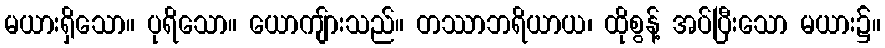
မယားရှိသော။ ပုရိသော။ ယောကျ်ားသည်။ တဿာဘရိယာယ၊ ထိုစွန့် အပ်ပြီးသော မယား၌။